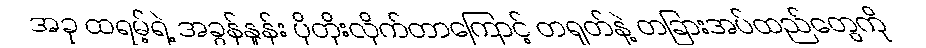
အခု ထရမ့်ရဲ့ အခွန်နှုန်း ပိုတိုးလိုက်တာကြောင့် တရုတ်နဲ့ တခြားအပ်ထည်တွေကို